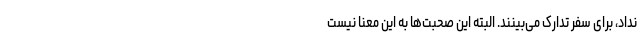
نداد، برای سفر تدارک می‌بینند. البته این صحبت‌ها به این معنا نیست